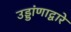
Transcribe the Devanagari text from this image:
उड्डांणाद्वारे